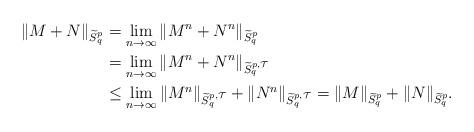
LaTeX: \begin{align*}\|M+N\|_{\widetilde{S}^{p}_q} & = \lim_{n\to \infty} \|M^n+N^n\|_{\widetilde{S}^{p}_q} \\& = \lim_{n\to \infty} \|M^n+N^n\|_{\widetilde{S}^{p,\mathcal{T}}_q} \\& \leq \lim_{n\to \infty} \|M^n\|_{\widetilde{S}^{p,\mathcal{T}}_q}+\|N^n\|_{\widetilde{S}^{p,\mathcal{T}}_q} = \|M\|_{\widetilde{S}^{p}_q}+\|N\|_{\widetilde{S}^{p}_q}. \end{align*}